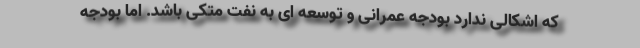
که اشکالی ندارد بودجه عمرانی و توسعه ای به نفت متکی باشد. اما بودجه